Lunatic asylums Central Provinces reports 1910-1926 - 1910-1926
Year: 1910
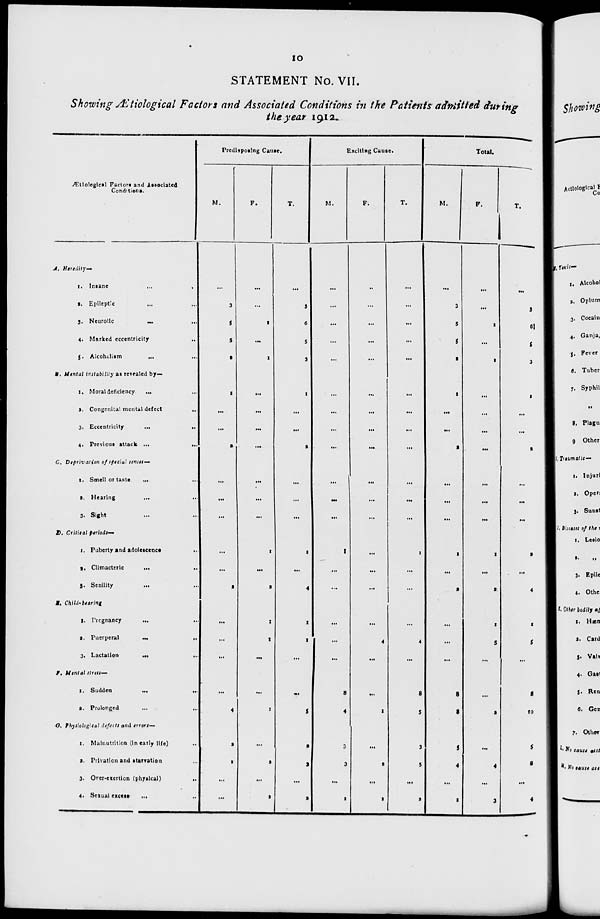
10
STATEMENT No. VII.
Showing Ætiological Factors and Associated Conditions in the Patients admitted during
the year 1912.
Ætiological Factors and Associated
Conditions.
A. Heredity—
1. Insane
...
...
2. Epileptic ... ...
3. Neurotic
...
...
4. Marked eccentricity ...
5. Alcoholism ... ...
B. Mental instability as revealed by—
1. Moral deficiency
... ...
2. Congenital mental defect ...
3. Eccentricity
...
...
4. Previous attack ...
...
C. Deprivation of special senses—
1. Smell or taste
... ...
2. Hearing
...
...
3. Sight ... ...
D. Critical periods—
1. Puberty and adolescencs ...
2. Climacteric
... ...
3. Senility
... ...
E. Child-bearing
1. Pregnancy
... ...
2. Puerperal ... ...
3. Lactation ... ...
F. Mental stress—
1. Sudden
...
...
2. Prolonged ... ...
G. Physiological defects and errors—
1. Malnutrition (in early life) ...
2. Privation and starvation ...
3. Over-exertion (physical)
...
4. Sexual excess
...
Predisposing Cause.
M.
...
3
5
5
2
1
...
...
2
...
...
...
...
...
2
...
...
...
...
4
2
1
...
...
F.
...
...
1
...
1
...
...
...
...
...
...
...
1
...
2
1
1
...
...
1
...
2
...
2
T.
...
3
6
5
3
1
...
...
2
...
...
...
1
...
4
1
1
...
...
5
2
3
...
2
Exciting Cause.
M.
...
...
...
...
...
...
...
...
...
...
...
...
1
...
...
...
...
...
8
4
3
3
...
1
F.
...
...
...
...
...
...
...
...
...
...
...
...
...
...
...
...
4
...
...
1
...
2
...
1
T.
...
...
...
...
...
...
...
...
...
...
...
...
1
...
...
...
4
...
8
5
3
5
...
2
Total.
M.
...
3
5
5
2
1
...
...
2
...
...
...
1
...
2
...
...
...
8
8
5
4
...
1
F.
...
...
1
...
1
...
...
...
...
...
...
...
1
...
2
1
5
...
...
2
...
4
...
3
T.
...
3
6
5
3
1
...
...
2
...
...
...
2
...
4
1
5
...
8
10
5
8
...
4